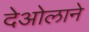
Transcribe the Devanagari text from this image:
देओलाने